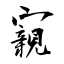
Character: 寴